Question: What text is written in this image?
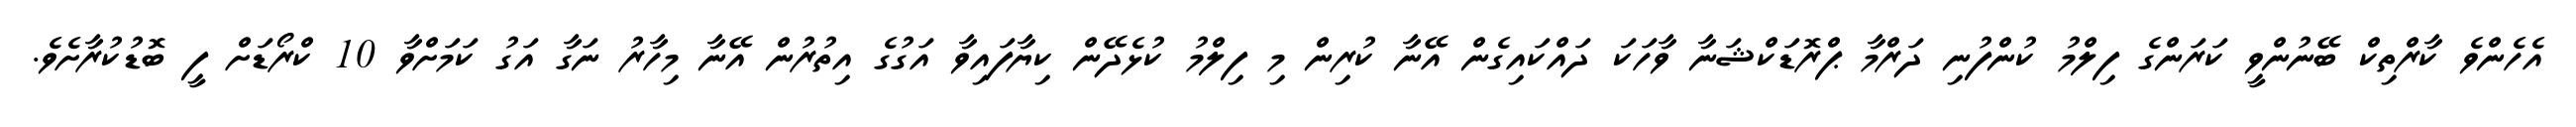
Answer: އެހެންވެ ކާރްތިކް ބޭނުންވީ ކަރަންގެ ފިލްމު ކުންފުނި ދަރްމާ ޕްރޮޑަކްޝަނާ ވާހަކަ ދައްކައިގެން އޭނާ ކުރިން މި ފިލްމު ކުޅެދޭން ކިޔާފައިވާ އަގުގެ އިތުރުން އޭނާ މިހާރު ނަގާ އަގު ކަމަށްވާ 10 ކްރޯޑަށް ފީ ބޮޑުކުރާށެވެ.